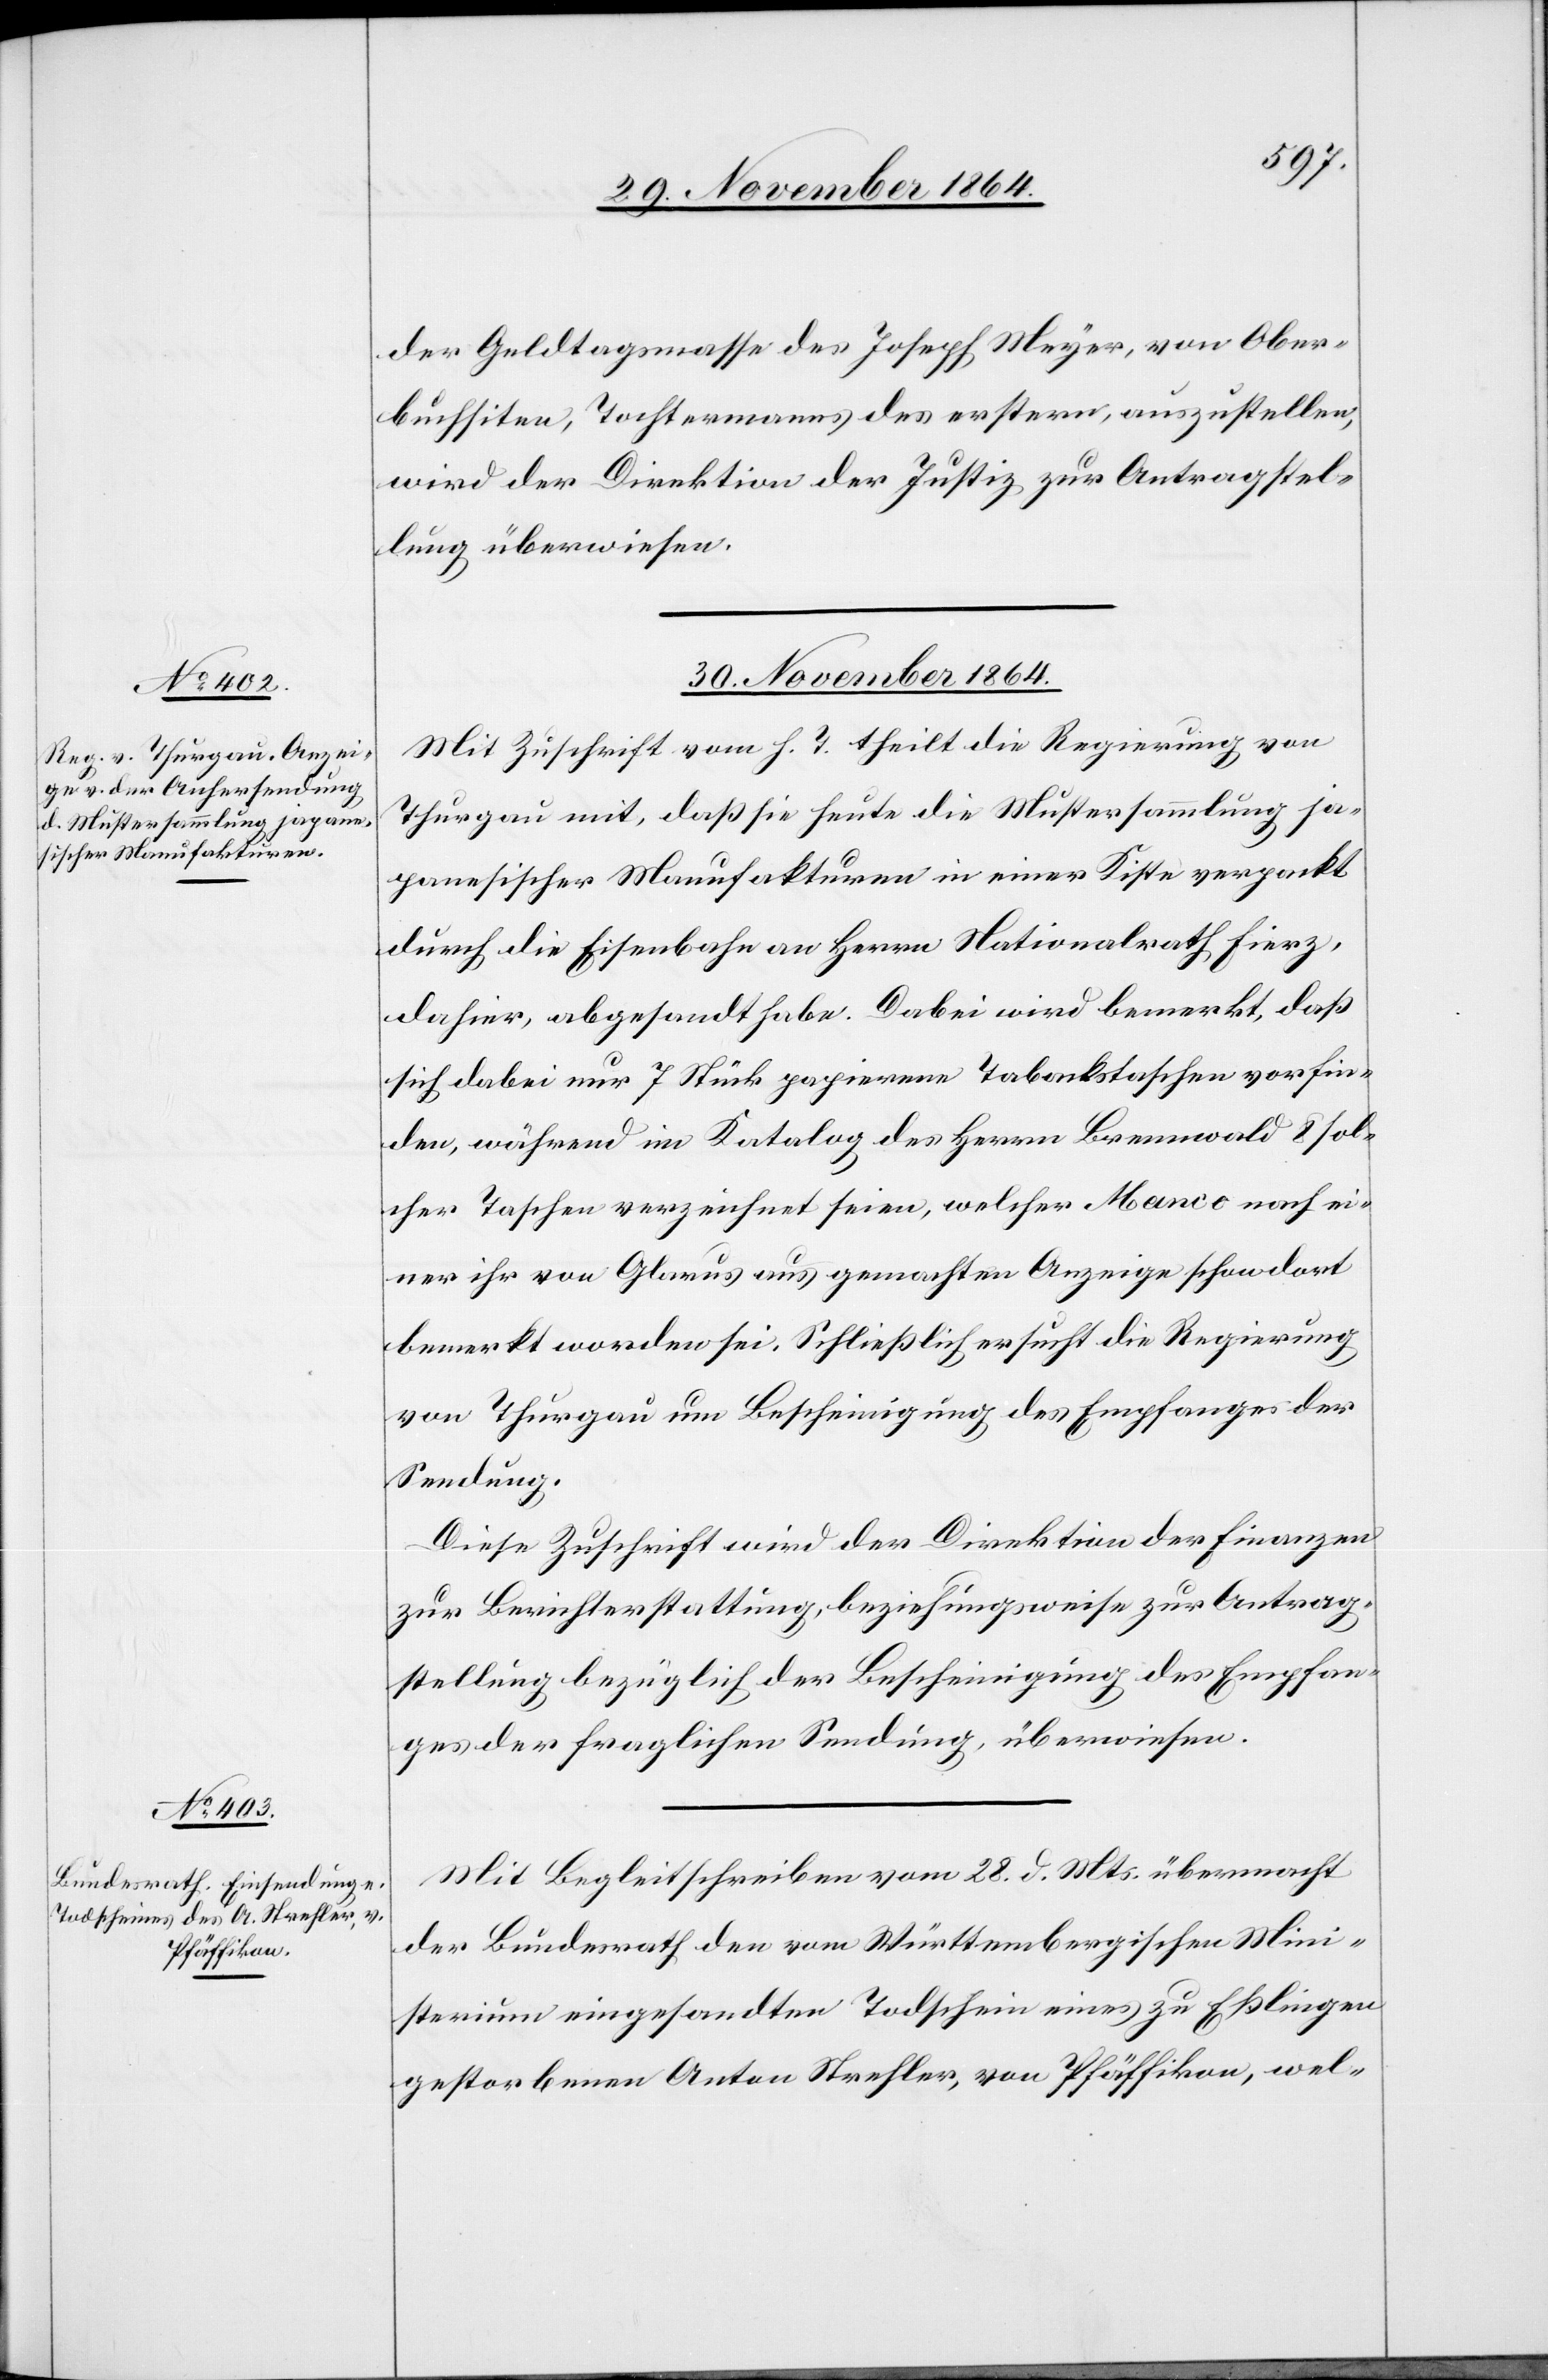
der Geldtagsmasse des Joseph Meyer, von Ober¬
buchsiten, Tochtermanns des erstern, auszustellen,
wird der Direktion der Justiz zur Antragstel¬
lung überwiesen.
30. November 1864.]
Mit Zuschrift vom h. T theilt die Regierung von
Thurgau mit, daß sie heute die Mustersammlung ja¬
panesischer Manufakturen in einer Kiste verpackt
durch die Eisenbahn an Herrn Nationalrath Fierz,
dahier, abgesandt habe. Dabei wird bemerkt, daß
sich dabei nur 7 Stück papierene Tabakstaschen vorfin¬
den, während im Katalog des Herrn Brennwald 8 sol¬
che Taschen verzeichnet seien, welcher Manco nach ei¬
ner ihr von Glarus aus gemachten Anzeige schon dort
bemerkt worden sei. Schließlich ersucht die Regierung
von Thurgau um Bescheinigung des Empfanges der
Sendung.
Diese Zuschrift wird der Direktion der Finanzen
zur Berichterstattung, beziehungsweise zur Antrag¬
stellung bezüglich der Bescheinigung des Empfan¬
ges der fraglichen Sendung, überwiesen.
Mit Begleitschreiben vom 28. d. Mts. übermacht
der Bundesrath den vom Württembergischen Mini¬
sterium eingesandten Todschein eines zu Eßlingen
gestorbenen Anton Strehler, von Pfäffikon, wel-